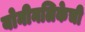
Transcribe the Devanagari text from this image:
योनीनलिकेची